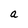
Character: a